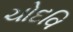
ચોદવિ